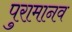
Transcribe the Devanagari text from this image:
पुरामानव